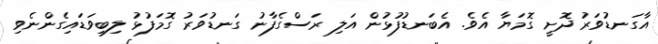
އާގަނޑުވަރު ދޮށީ ގޮމަޔާ އެވެ. އެބަނޑުފުޅުން އަލި ރަސްގެފާނު ގަނޑުވަރު ގޮމަފުޅު ލިބިވަޑައިގެންނެވި